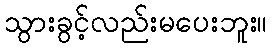
သွားခွင့်လည်းမပေးဘူး။